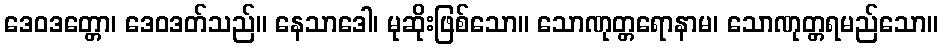
ဒေဝဒတ္တော၊ ဒေဝဒတ်သည်။ နေသာဒေါ၊ မုဆိုးဖြစ်သော။ သောဏုတ္တရောနာမ၊ သောဏုတ္တရမည်သော။